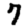
Digit: 7